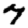
Digit: 7